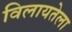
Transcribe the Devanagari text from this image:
विलायतेला